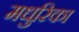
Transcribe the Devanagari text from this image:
मधुरिका